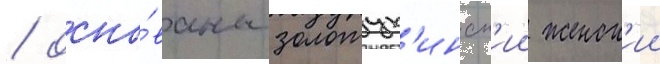
/ осно́ваны золотух'инск'ии женск'ии